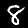
Digit: 8